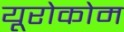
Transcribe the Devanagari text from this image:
यूरोकोम